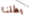
بطلنا